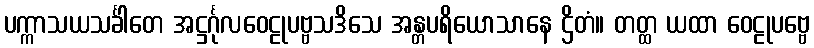
ပက္ကာသယသင်္ခါတေ အဋ္ဌင်္ဂုလဝေဠုပဗ္ဗသဒိသေ အန္တပရိယောသာနေ ဌိတံ။ တတ္ထ ယထာ ဝေဠုပဗ္ဗေ